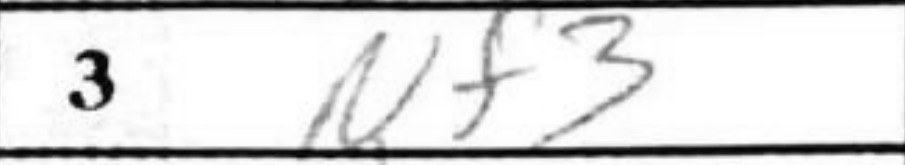
Transcription: Nf3